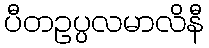
ပီတဥပ္ပလမာလိနီ